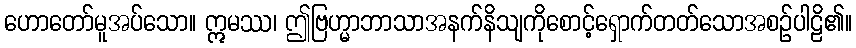
ဟောတော်မူအပ်သော။ ဣမဿ၊ ဤဗြဟ္မာဘာသာအနက်နိသျကိုစောင့်ရှောက်တတ်သောအစဉ်ပါဠိ၏။